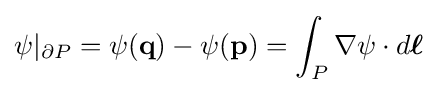
\psi |_{\partial P}=\psi (\mathbf {q} )-\psi (\mathbf {p} )=\int _{P}\nabla \psi \cdot d{\boldsymbol {\ell }}